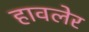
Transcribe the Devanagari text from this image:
हावलेर